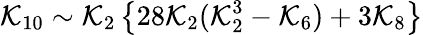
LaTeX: {\cal K}_{10}\sim{\cal K}_{2}\left\{ 28{\cal K}_{2}({\cal K}_{2}^{3}-{\cal K}_{6})+3{\cal K}_{8}\right\}